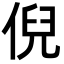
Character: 倪